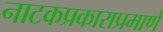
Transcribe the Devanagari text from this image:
नाटकप्रकाराप्रमाणे